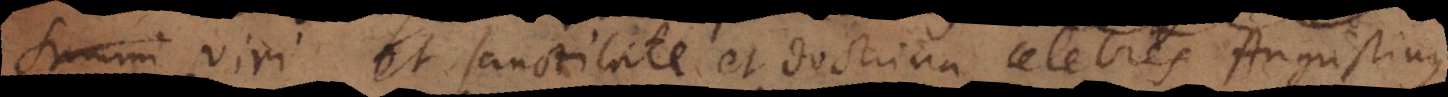
summi viri et sanctitate et doctrina celebres Augustinus